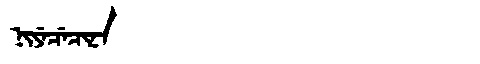
Manchu: ᠨᡳᠶᡝᠴᡝᠴᡳᠨᠠ
Romanization: NIYECECINA